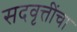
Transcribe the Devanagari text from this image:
सदवृत्तींचा